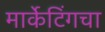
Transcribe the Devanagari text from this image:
मार्केटिंगचा